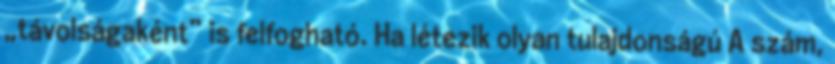
„távolságaként” is felfogható. Ha létezik olyan tulajdonságú A szám,